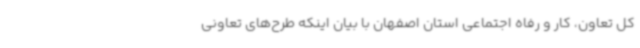
کل تعاون، کار و رفاه اجتماعی استان اصفهان با بیان اینکه طرح‌های تعاونی